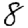
Digit: 8